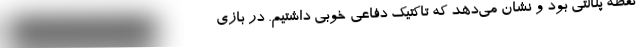
نقطه پنالتى بود و نشان مى‌دهد که تاکتیک دفاعى خوبى داشتیم. در بازى